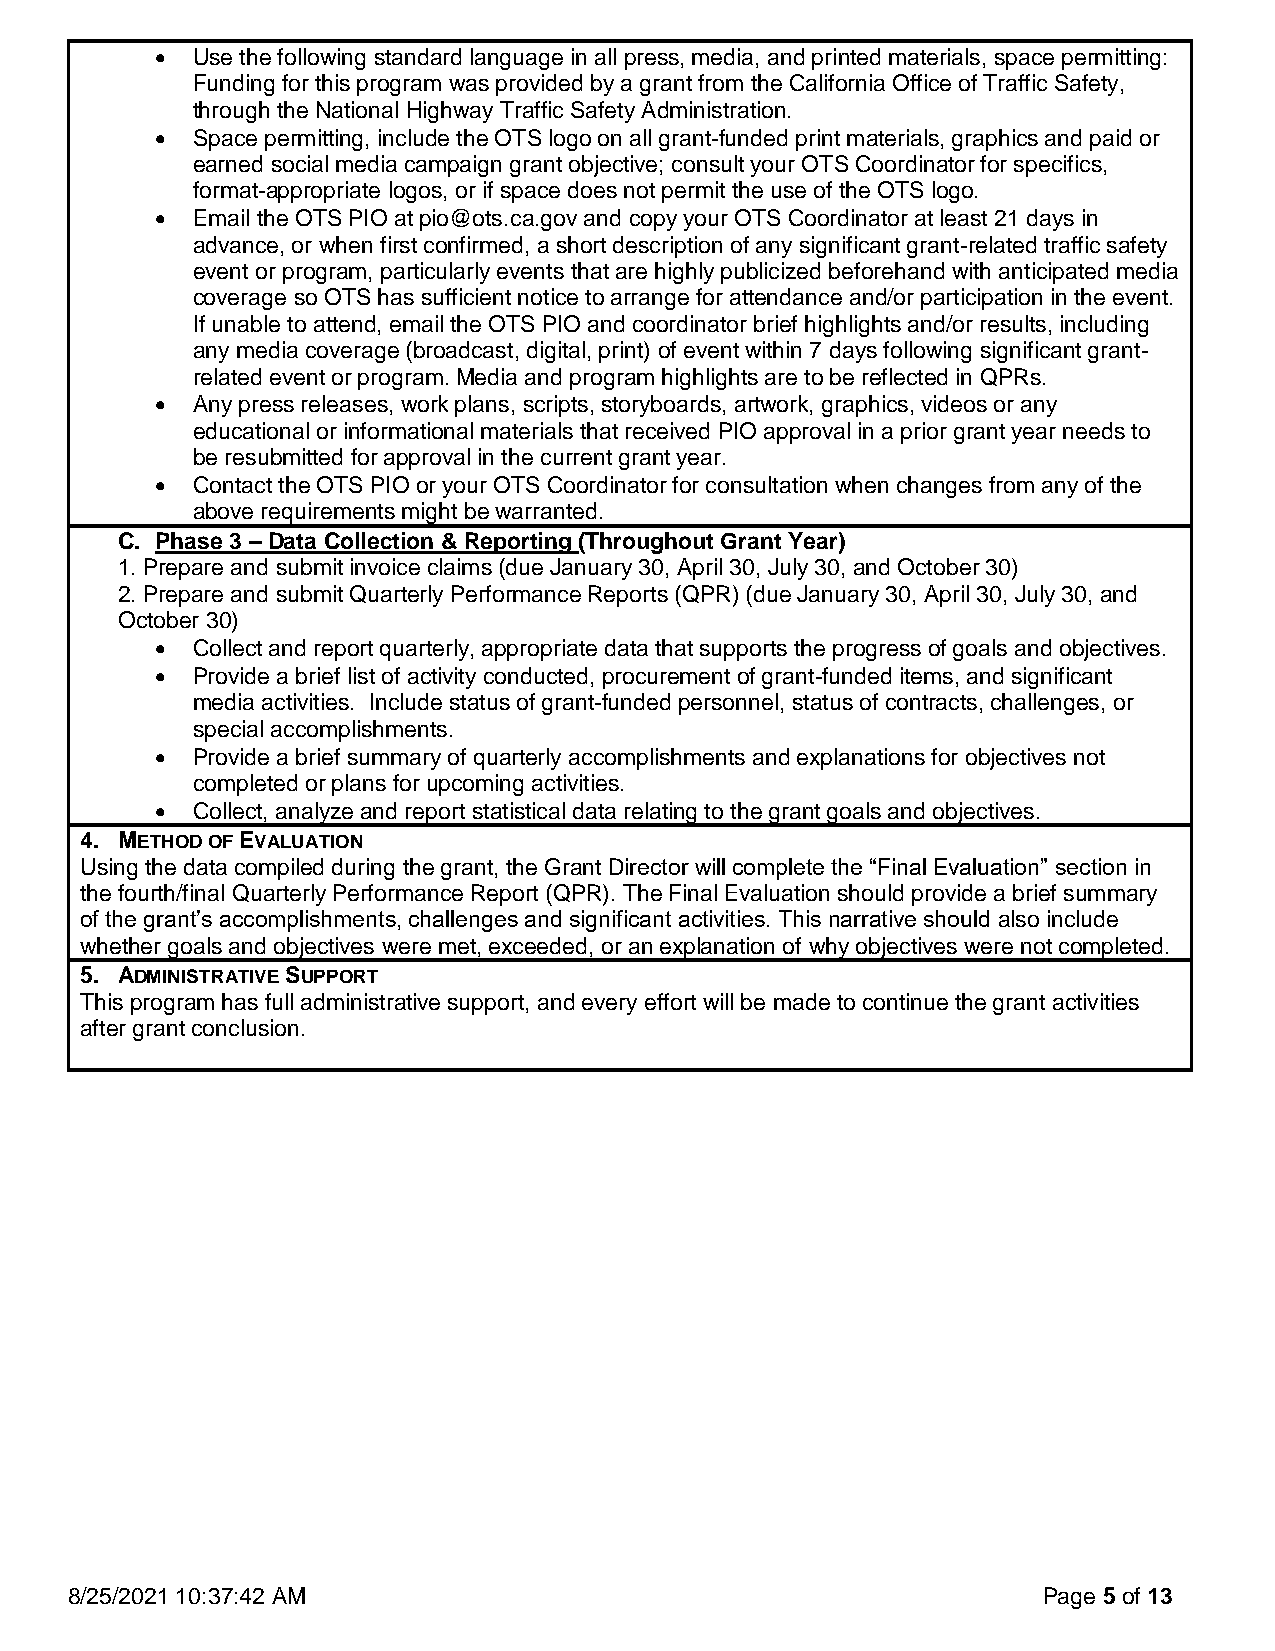
  Use the following standard language in all press, media, and printed materials, space permitting:
 Funding for this program was provided by a grant from the California Office of Traffic Safety,
 through the National Highway Traffic Safety Administration.
   Space permitting, include the OTS logo on all grant-funded print materials, graphics and paid or
 earned social media campaign grant objective; consult your OTS Coordinator for specifics,
 format-appropriate logos, or if space does not permit the use of the OTS logo.
   Email the OTS PIO at pio@ots.ca.gov and copy your OTS Coordinator at least 21 days in
 advance, or when first confirmed, a short description of any significant grant-related traffic safety
 event or program, particularly events that are highly publicized beforehand with anticipated media
 coverage so OTS has sufficient notice to arrange for attendance and/or participation in the event.
 If unable to attend, email the OTS PIO and coordinator brief highlights and/or results, including
 any media coverage (broadcast, digital, print) of event within 7 days following significant grant-
 related event or program. Media and program highlights are to be reflected in QPRs.
   Any press releases, work plans, scripts, storyboards, artwork, graphics, videos or any
 educational or informational materials that received PIO approval in a prior grant year needs to
 be resubmitted for approval in the current grant year.
   Contact the OTS PIO or your OTS Coordinator for consultation when changes from any of the
 above requirements might be warranted.
 C. Phase 3 – Data Collection & Reporting (Throughout Grant Year)
 1. Prepare and submit invoice claims (due January 30, April 30, July 30, and October 30)
 2. Prepare and submit Quarterly Performance Reports (QPR) (due January 30, April 30, July 30, and
 October 30)
   Collect and report quarterly, appropriate data that supports the progress of goals and objectives.
   Provide a brief list of activity conducted, procurement of grant-funded items, and significant
 media activities. Include status of grant-funded personnel, status of contracts, challenges, or
 special accomplishments.
   Provide a brief summary of quarterly accomplishments and explanations for objectives not
 completed or plans for upcoming activities.
   Collect, analyze and report statistical data relating to the grant goals and objectives.
 4. METHOD OF EVALUATION
 Using the data compiled during the grant, the Grant Director will complete the “Final Evaluation” section in
 the fourth/final Quarterly Performance Report (QPR). The Final Evaluation should provide a brief summary
 of the grant’s accomplishments, challenges and significant activities. This narrative should also include
 whether goals and objectives were met, exceeded, or an explanation of why objectives were not completed.
 5. ADMINISTRATIVE SUPPORT
 This program has full administrative support, and every effort will be made to continue the grant activities
 after grant conclusion.
 8/25/2021 10:37:42 AM                                            Page 5 of 13